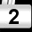
Digit: 2